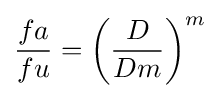
{\frac {fa}{fu}}=\left({\frac {D}{Dm}}\right)^{m}